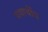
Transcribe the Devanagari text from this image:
यथार्थीय